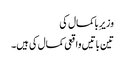
وزیرِ باکمال کی
تین باتیں واقعی کمال کی ہیں۔